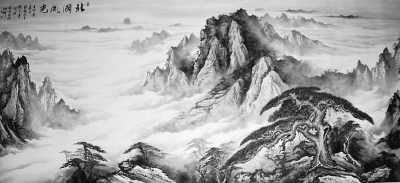
北国风光，千里冰封，万里雪飘。